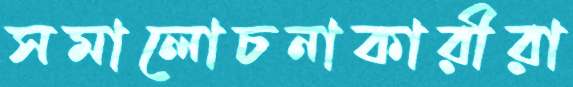
সমালোচনাকারীরা